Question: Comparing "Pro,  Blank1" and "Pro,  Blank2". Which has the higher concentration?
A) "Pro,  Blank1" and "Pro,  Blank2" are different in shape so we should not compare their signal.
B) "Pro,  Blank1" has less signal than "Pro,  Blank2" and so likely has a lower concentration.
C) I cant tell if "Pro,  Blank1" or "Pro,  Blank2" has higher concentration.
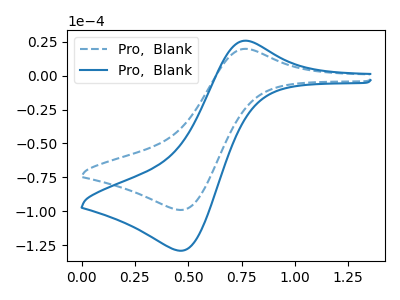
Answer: <think>The blue dashed curve "Pro,  Blank1" has an anodic peak at (0.75V, 19.85uA) and a cathodic peak at (0.45V, -99.10uA). The blue curve "Pro,  Blank2" has an anodic peak at (0.75V, 25.85uA) and a cathodic peak at (0.45V, -129.20uA).
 All the peaks in "Pro,  Blank1" have a peak in "Pro,  Blank2" at the same potential. Every peak in "Pro,  Blank1" is lower than every peak in "Pro,  Blank2".</think>
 <answer>B) "Pro,  Blank1" has less signal than "Pro,  Blank2" and so likely has a lower concentration.</answer>
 <eval>B</eval>